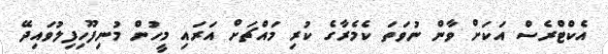
އެކްޓްރެސް އަކަށް ވާން ނުވަތަ ކެމެރާގެ ކުރި މައްޗަށް އަރައި މީހުން މުނިފޫހިފިލުވައިދޭ